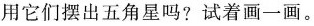
用它们摆出五角星吗?试着画一画。